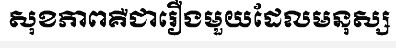
សុខភាពគឺជារឿងមួយដែលមនុស្ស